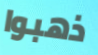
ذهبوا